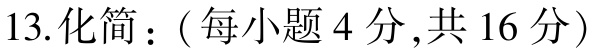
13.化简：(每小题4分,共16分)